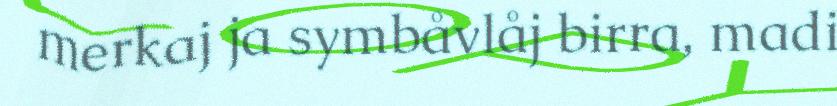
merkaj ja symbåvlåj birra, madi